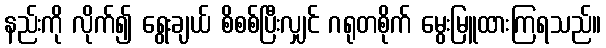
နည်းကို လိုက်၍ ရွေးချယ် စိစစ်ပြီးလျှင် ဂရုတစိုက် မွေးမြူထားကြရသည်။